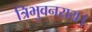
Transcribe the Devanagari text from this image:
त्रिभुवनराय।